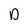
Character: D